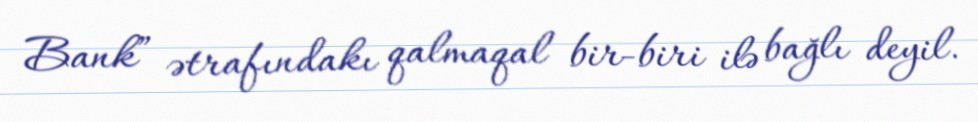
Bank” ətrafındakı qalmaqal bir-biri ilə bağlı deyil.